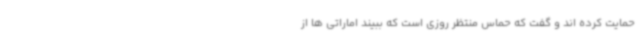
حمایت کرده اند و گفت که حماس منتظر روزی است که ببیند اماراتی ها از